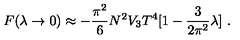
{ } F ( \lambda \to 0 ) \approx - \frac { \pi ^ { 2 } } { 6 } N ^ { 2 } V _ { 3 } T ^ { 4 } [ 1 - \frac { 3 } { 2 \pi ^ { 2 } } \lambda ] \ .